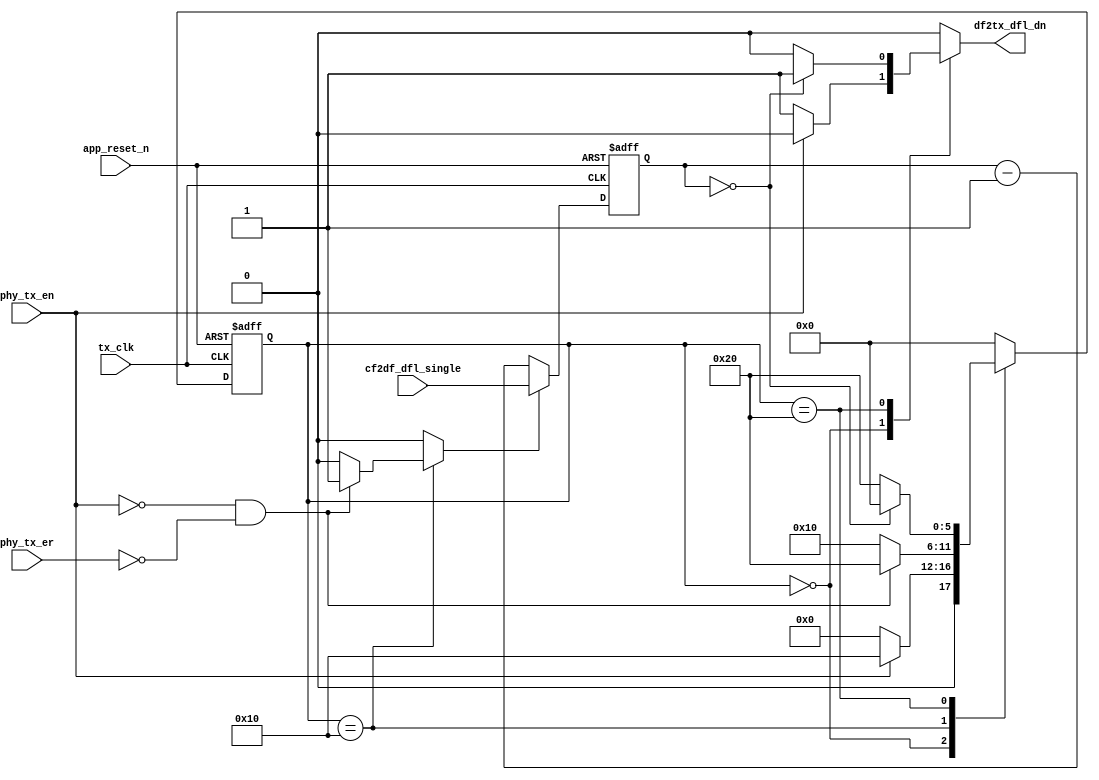
//////////////////////////////////////////////////////////////////////
////                                                              ////
////  Tubo 8051 cores MAC Interface Module                        ////
////                                                              ////
////  This file is part of the Turbo 8051 cores project           ////
////  http://www.opencores.org/cores/turbo8051/                   ////
////                                                              ////
////  Description                                                 ////
////  Turbo 8051 definitions.                                     ////
////                                                              ////
////  To Do:                                                      ////
////    nothing                                                   ////
////                                                              ////
////  Author(s):                                                  ////
////      - Dinesh Annayya, dinesha@opencores.org                 ////
////                                                              ////
//////////////////////////////////////////////////////////////////////
////                                                              ////
//// Copyright (C) 2000 Authors and OPENCORES.ORG                 ////
////                                                              ////
//// This source file may be used and distributed without         ////
//// restriction provided that this copyright statement is not    ////
//// removed from the file and that any derivative work contains  ////
//// the original copyright notice and the associated disclaimer. ////
////                                                              ////
//// This source file is free software; you can redistribute it   ////
//// and/or modify it under the terms of the GNU Lesser General   ////
//// Public License as published by the Free Software Foundation; ////
//// either version 2.1 of the License, or (at your option) any   ////
//// later version.                                               ////
////                                                              ////
//// This source is distributed in the hope that it will be       ////
//// useful, but WITHOUT ANY WARRANTY; without even the implied   ////
//// warranty of MERCHANTABILITY or FITNESS FOR A PARTICULAR      ////
//// PURPOSE.  See the GNU Lesser General Public License for more ////
//// details.                                                     ////
////                                                              ////
//// You should have received a copy of the GNU Lesser General    ////
//// Public License along with this source; if not, download it   ////
//// from http://www.opencores.org/lgpl.shtml                     ////
////                                                              ////
//////////////////////////////////////////////////////////////////////
//`timescale 1ns/100ps

/***************************************************************
  Description:
  deferral.v : This block performs the deferral algorithm for
               half duplex mode, as per the IEEE 802.3 section 4.2.3.2.2
               This block also implements the optional two part deferral
               mechanism.
***********************************************************************/

module g_deferral (
		 df2tx_dfl_dn,	
		 cf2df_dfl_single,
		 phy_tx_en,
		 phy_tx_er,
		 tx_clk,
		 app_reset_n);


  input [7:0] cf2df_dfl_single;           //program with 9.6 ms
  input	       phy_tx_en;                 //TX frame is done, wait for IPG
                                          //used in FULL duplex
  input	       phy_tx_er;                 //TX Error 
  input	       tx_clk;              //MII provided tx_clk
  input	       app_reset_n;

  output       df2tx_dfl_dn;              //when active hold the TX, else
                                    //TX can send preamble  

  wire	       df2tx_dfl_dn;

  parameter    dfl_idle_st =        6'b000000;
  parameter    dfl_dfl_st =         6'b000010;
  parameter    dfl_full_tx_dn_st =  6'b010000;
  parameter    dfl_wipg_st =        6'b100000;

  reg [5:0]    curr_dfl_st, nxt_dfl_st;
  reg	       dfl_dn;
  reg	       strt_dfl;
  reg [7:0]   dfl_cntr;

  reg         phy_tx_en_d;

  wire        was_xmitted;
  
  assign df2tx_dfl_dn = dfl_dn;
  /*****************************************************************
   * Synchronous process for the FSM to enable and disable TX on
   * receive activity
   *****************************************************************/
  always @(posedge tx_clk or negedge app_reset_n)
    begin
      if (!app_reset_n)
	curr_dfl_st <= dfl_idle_st;
      else
	curr_dfl_st <= nxt_dfl_st;
    end // always @ (posedge tx_clk or negedge app_reset_n)

  /*****************************************************************
   * comb        process for the FSM to enable and disable TX on
   * receive activity
   *****************************************************************/
  always @(curr_dfl_st or dfl_cntr 
	   or phy_tx_en or phy_tx_er or was_xmitted)
    begin
      strt_dfl = 0;
      dfl_dn = 0;
      nxt_dfl_st = curr_dfl_st;
      
      case (curr_dfl_st)
	dfl_idle_st :
	  begin
	    dfl_dn = 1;
	    if (phy_tx_en)
	      begin
		dfl_dn = 0;
		nxt_dfl_st = dfl_full_tx_dn_st;
	      end // if (phy_tx_en)
	    else
	      nxt_dfl_st = dfl_idle_st;
	  end // case: dfl_idle_st

	dfl_full_tx_dn_st :
	  begin
	    // full duplex mode, wait till the current tx
	    // frame is transmitted and wait for IPG time,
	    // no need to wait for two part defferal
	    if (!phy_tx_en && !phy_tx_er)
	      begin
		strt_dfl = 1;
		nxt_dfl_st = dfl_wipg_st;
	      end // if (!phy_tx_en)
	    else
	      nxt_dfl_st = dfl_full_tx_dn_st;
	  end // case: dfl_full_tx_dn_st

	dfl_wipg_st :
	  begin
	    // This state is reached when there is no transmit
	    // in progress. In this state IPG counter should checked
	    // and upon its expiry indicate deferral done
	    // to tx_fsm block
	    if (dfl_cntr == 8'd0)
	      begin
	        dfl_dn = 1;
		nxt_dfl_st = dfl_idle_st;
              end
            else
	      nxt_dfl_st = dfl_wipg_st;
	  end // case: dfl_wipg_st

	default :
	  begin
	    nxt_dfl_st = dfl_idle_st;
	  end
      endcase // case (curr_dfl_st)
    end // always @ (curr_dfl_st )

  //counter for the single phase deferral scheme
  always @(posedge tx_clk or negedge app_reset_n)
    begin
      if (!app_reset_n)
	dfl_cntr <= 8'd0;
      else
	begin
	  if (strt_dfl)
            begin
	       dfl_cntr <= cf2df_dfl_single;
            end
	  else
	    dfl_cntr <= dfl_cntr - 1;
	end // else: !if(app_reset_n)
    end // always @ (posedge tx_clk or negedge app_reset_n)


   // Mandar
   // Detect Packet end
   assign was_xmitted = (phy_tx_en_d == 1'b1 && phy_tx_en == 1'b0) ? 1'b1 : 1'b0;


   always @(posedge tx_clk or negedge app_reset_n)
     begin
       if (!app_reset_n)
          phy_tx_en_d <= 1'b0;
       else
          phy_tx_en_d <= phy_tx_en;
     end // always @ (posedge tx_clk or negedge app_reset_n)



endmodule // deferral